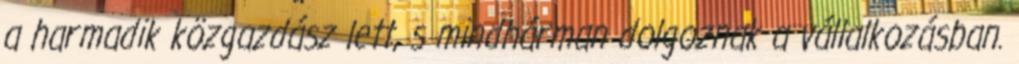
a harmadik közgazdász lett, s mindhárman dolgoznak a vállalkozásban.